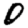
Digit: 0